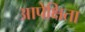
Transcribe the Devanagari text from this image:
आपेक्षिता